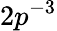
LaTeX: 2p^{-3}